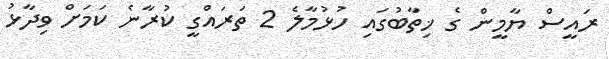
ރައީސް ޔާމީން ގެ ޚިތާބުގައި ހުޅުމާލެ 2 ތަރައްގީ ކުރާނެ ކަމަށް ވިދާޅު